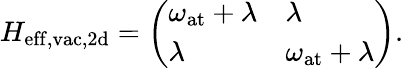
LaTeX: H_{\mathrm{eff,vac,2d}}=\left(\begin{array}{ll}{\omega_{\mathrm{at}}+\lambda}&{\lambda}\\ {\lambda}&{\omega_{\mathrm{at}}+\lambda}\end{array}\right).